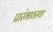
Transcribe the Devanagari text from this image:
प्रारंभावस्था